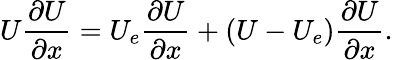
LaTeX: U\frac{\partial U}{\partial x}=U_{e}\frac{\partial U}{\partial x}+(U-U_{e})\frac{\partial U}{\partial x}.